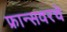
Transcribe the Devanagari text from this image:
फ्रान्सवरचे